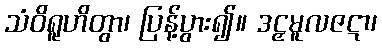
သံဝိရူဟိတွာ၊ ပြန့်ပွား၍။ ဒဠှမူလဇဋာ၊